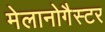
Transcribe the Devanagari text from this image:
मेलानोगैस्टर